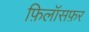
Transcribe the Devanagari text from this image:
फ़िलॉसफ़र